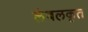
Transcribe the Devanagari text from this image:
लेबलकृत